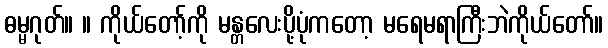
ဓမ္မဂုတ်။ ။ ကိုယ်တော့်ကို မန္တလေးပို့ပုံကတော့ မရေမရာကြီးဘဲကိုယ်တော်။